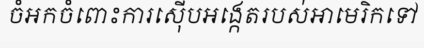
ចំអកចំពោះការស៊ើបអង្កេតរបស់អាមេរិកទៅ